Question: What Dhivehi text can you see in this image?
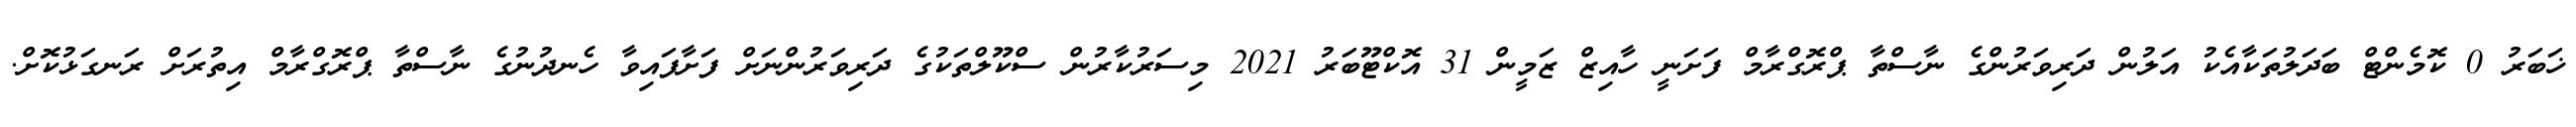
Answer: ޚަބަރު 0 ކޮމެންޓް ބަދަލުތަކާއެކު އަލުން ދަރިވަރުންގެ ނާސްތާ ޕްރޮގްރާމް ފަށަނީ ހާއިޒް ޒަމީން 31 އޮކްޓޫބަރު 2021 މިސަރުކާރުން ސްކޫލްތަކުގެ ދަރިވަރުންނަށް ފަށާފައިވާ ހެނދުނުގެ ނާސްތާ ޕްރޮގްރާމް އިތުރަށް ރަނގަޅުކޮށް.